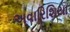
અવારિશિયા